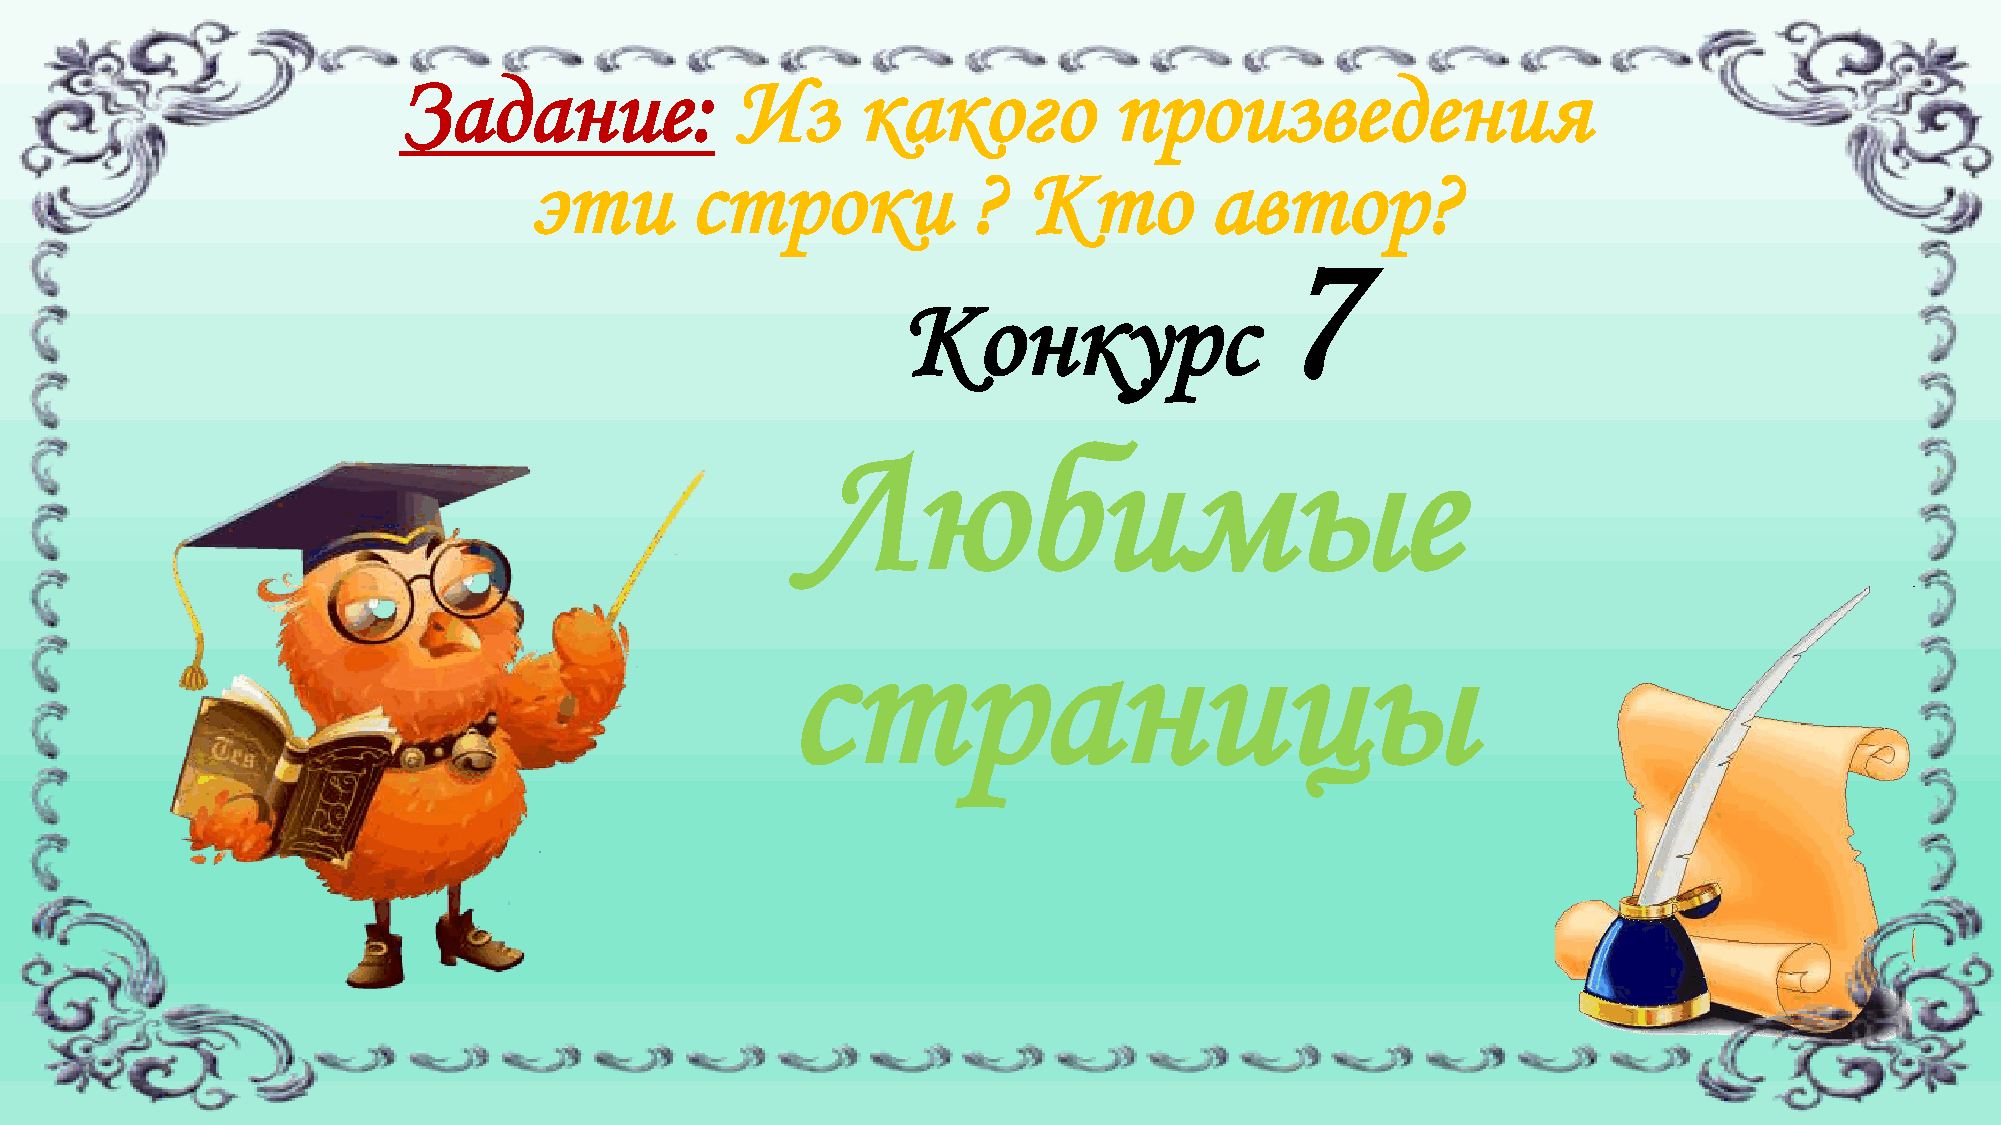
Задание:               Из      какого           произведения
 эти        строки            ?   Кто         автор?
 7
 Конкурс
 Любимые
 страницы